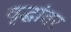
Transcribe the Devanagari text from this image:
वृद्धांवर